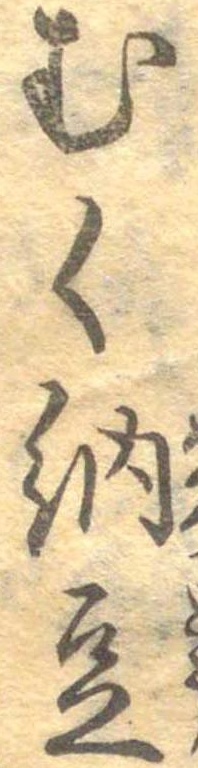
むく納豆